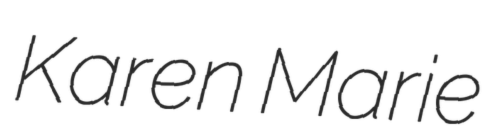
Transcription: Karen Marie